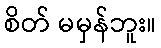
စိတ် မမှန်ဘူး။